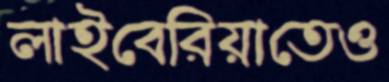
লাইবেরিয়াতেও